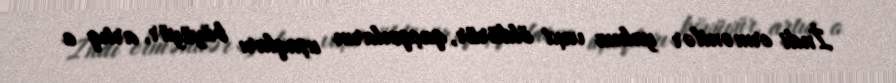
İndi ermənilər yalnız vaxt öldürür, qaçqınların uşaqları böyüyür, artıq o